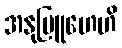
အနုဗြူဟေဟိ